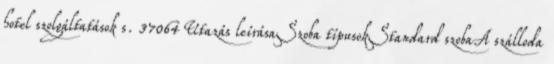
hotel szolgáltatások s. 37064 Utazás leírásaSzoba típusokStandard szobaA szálloda